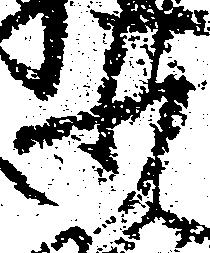
少